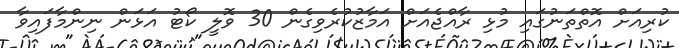
ކުރިއަށް އޮތްތަނުގައި މުޅި ރާއްޖެއަށް އަމާޒުކުރެވިގެން 30 ވޮލީ ކޯޓު އަޅަން ނިންމާފައިވާ